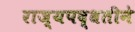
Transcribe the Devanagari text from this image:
राज्यपद्धतीने